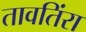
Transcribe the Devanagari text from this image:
तावतिंरा